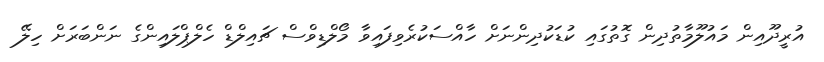
އުރީދޫއިން މައުލޫމާތުދިން ގޮތުގައި ކުޑަކުދިންނަށް ހާއްސަކުރެވިފައިވާ މޯލްޑިވްސް ޗައިލްޑް ހެލްޕްލައިންގެ ނަންބަރަށް ހިލޭ